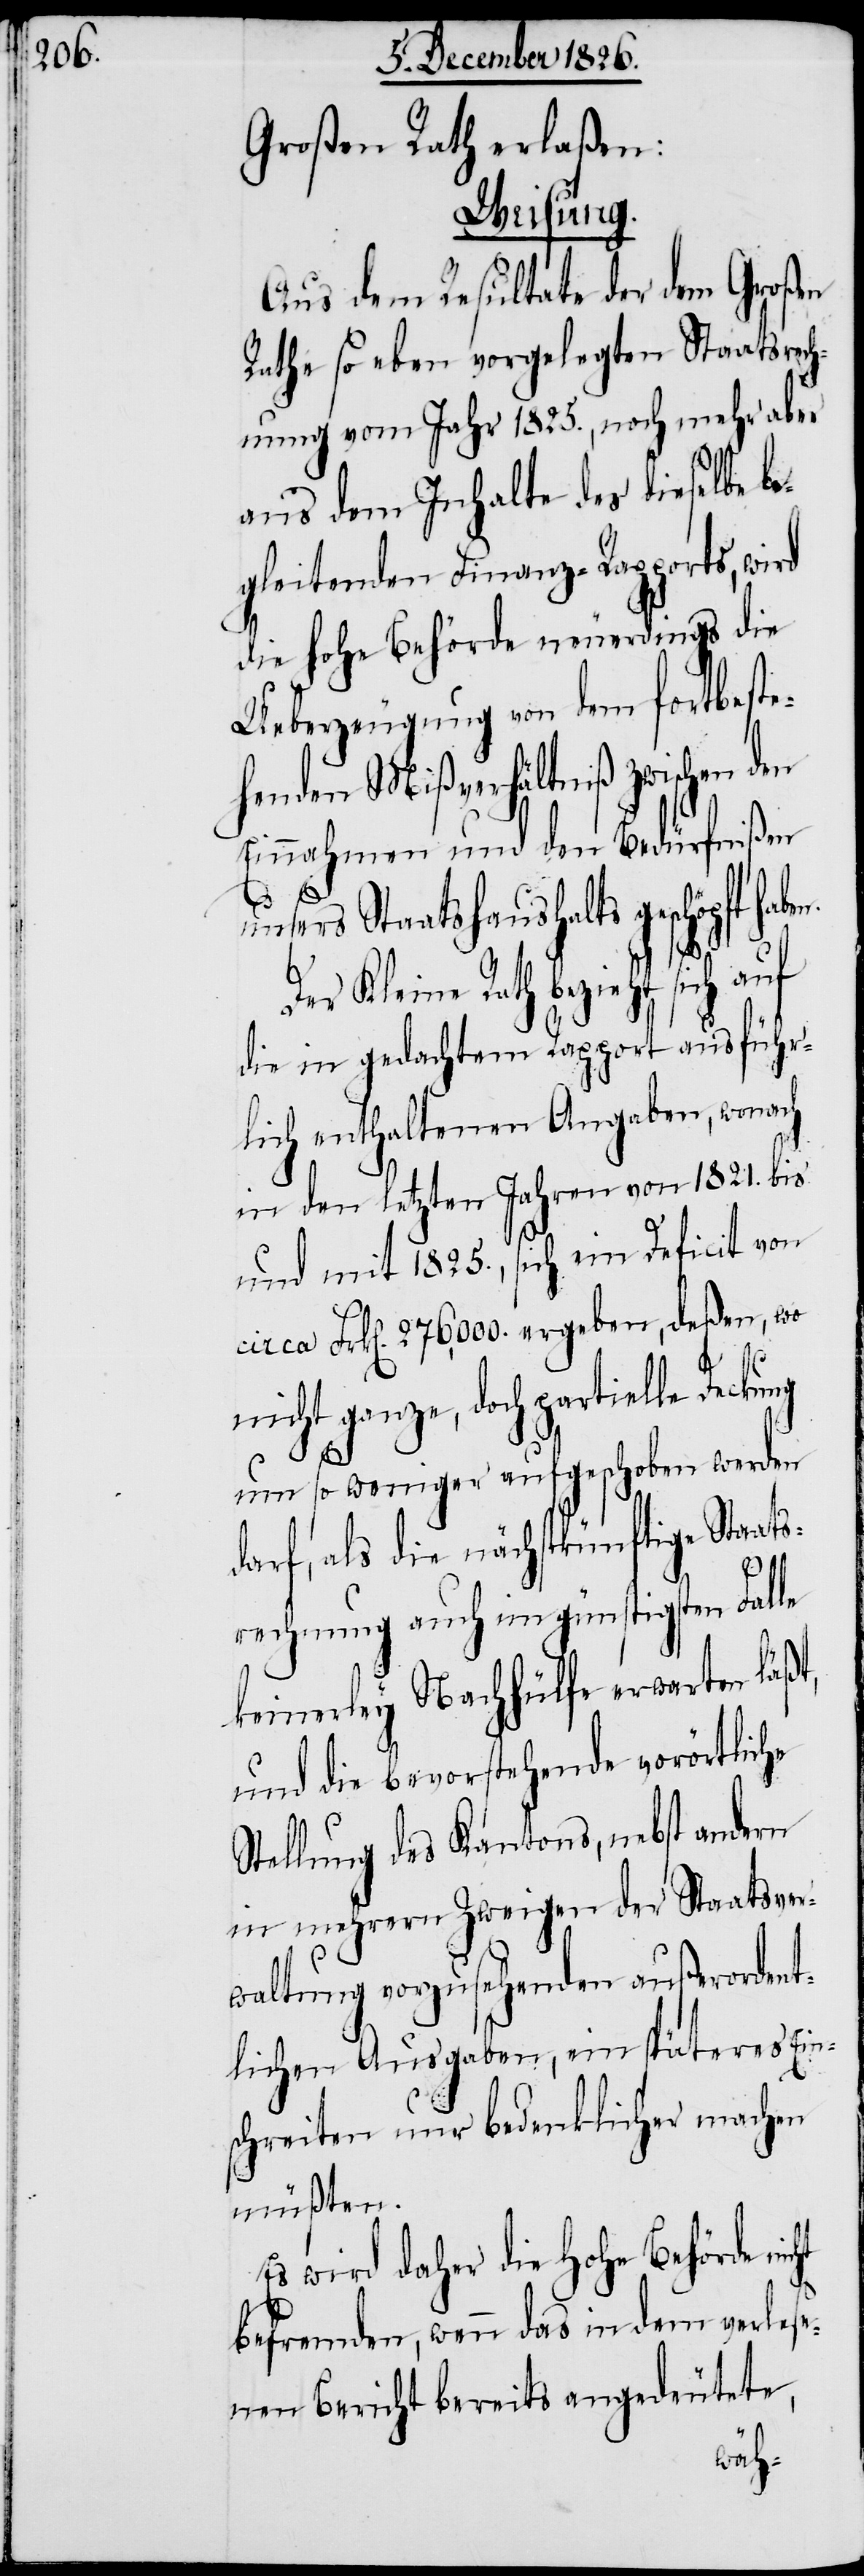
Großen Rath erlaßen:
Weisung.
Aus dem Resultate der dem Großen
Rath so eben vorgelegten Staatsrech¬
nung vom Jahr 1825., noch mehr aber
aus dem Inhalte des dieselbe be¬
gleitenden Finanz-Rapports, wird
die hohe Behörde neuerdings die
Überzeugung von dem fortbeste¬
henden Mißverhältniß zwischen den
Einnahmen und den Bedürfnißen
unsers Staatshaushalts geschöpft
Der Kleine Rath bezieht sich
die in gedachtem Rapport ausführ¬
lich enthaltenen Angaben, wonach
in den letzten Jahren von 1821. bis
und mit 1825., sich ein Deficit von
circa Frk[en]. 276,000. ergeben, deßen, wo
nicht ganze, doch partielle Deckung
ht
um so weniger aufgeschoben werden
darf, als die nächstkünftige Staats¬
rechnung auch im günstigsten Falle
keinerley Nachhülfe erwarten läßt,
und die bevorstehende vorörtliche
Stellung des Kantons, nebst andern
in mehrern Zweigen der Staatsver¬
waltung vorzusehenden außerordent¬
lichen Ausgaben, ein späteres Ein¬
schreiten nur bedenklicher machen
müßten.
Es wird daher die hohe Behörde nic¬
befremden, wenn das in dem verlese¬
nen Bericht bereits angedeutete,